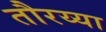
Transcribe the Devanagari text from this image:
तौरय्या